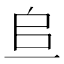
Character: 𫠨